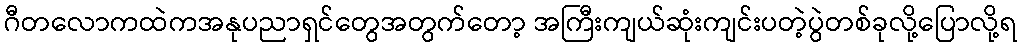
ဂီတလောကထဲကအနုပညာရှင်တွေအတွက်တော့ အကြီးကျယ်ဆုံးကျင်းပတဲ့ပွဲတစ်ခုလို့ပြောလို့ရ